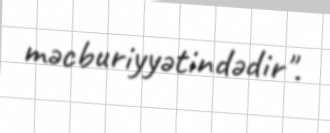
məcburiyyətindədir".